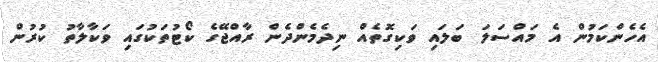
އެހެންކަމުން އެ މައްސަލަ ބަލައި ވަކިގޮތެއް ނިދެމެންދެން ރާއްޖޭގެ ކޯޓުތަކުގައި ވަކާލާތު ކުރުން